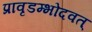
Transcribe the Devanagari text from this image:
प्रावृडम्भोदवत्